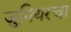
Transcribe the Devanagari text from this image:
जुनियरचा